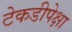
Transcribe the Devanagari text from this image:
टेकडीपेक्षा